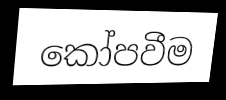
කෝපවීම